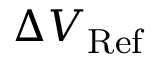
\Delta V _ { \mathrm { R e f } }